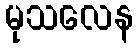
မုသလေန